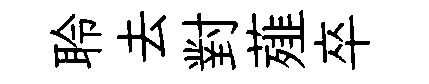
聆去對薤卒